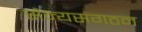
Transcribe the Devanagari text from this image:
सैन्यसंगठन